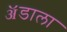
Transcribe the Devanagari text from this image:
ॲडाला